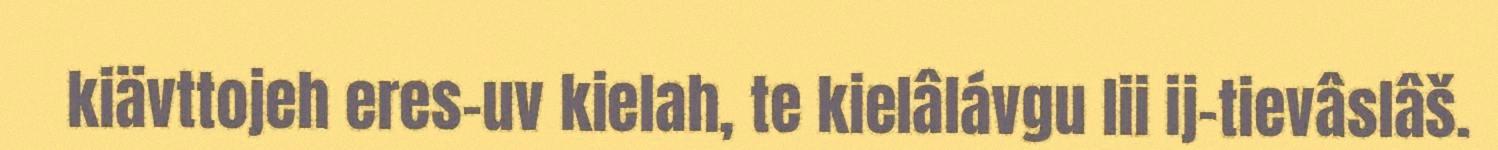
kiävttojeh eres-uv kielah, te kielâlávgu lii ij-tievâslâš.